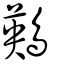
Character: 鶧